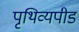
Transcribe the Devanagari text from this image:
पृथिव्यपीड